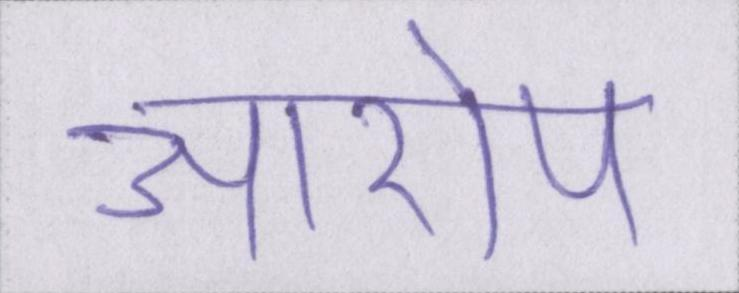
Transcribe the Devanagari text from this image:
आरोप